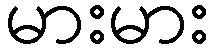
မားမား